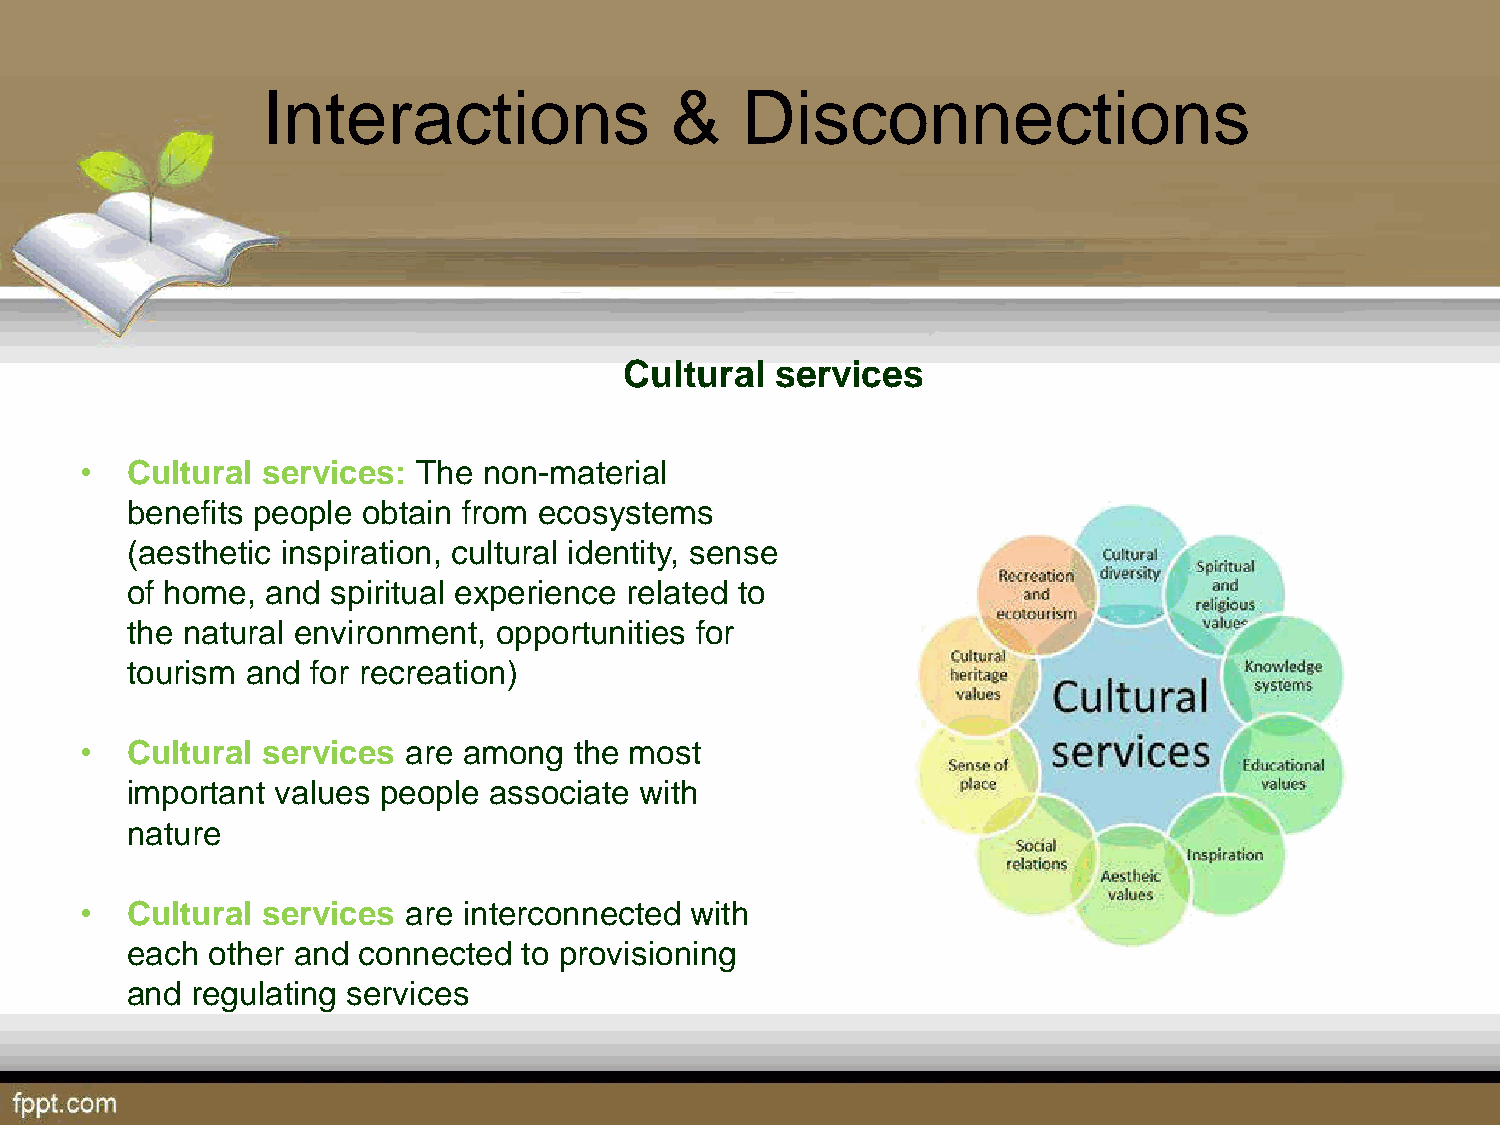
Interactions               &    Disconnections
 Cultural  services
 •  Cultural services:  The non-material
 benefits people obtain from ecosystems
 (aesthetic inspiration, cultural identity, sense
 of home,  and spiritual experience related to
 the natural environment, opportunities for
 tourism and  for recreation)
 •  Cultural services  are among  the most
 important values people associate with
 nature
 •  Cultural services  are interconnected with
 each  other and connected  to provisioning
 and  regulating services